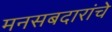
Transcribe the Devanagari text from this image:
मनसबदारांचे